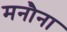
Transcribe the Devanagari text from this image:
मनौना